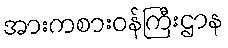
အားကစားဝန်ကြီးဌာန